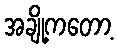
အချို့ကတော့